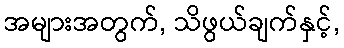
အများအတွက်, သိဖွယ်ချက်နှင့်,